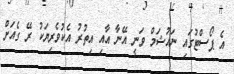
އެ ޕޯސްޓުގައި ނައުޝަމް ވަނީ އޭނާ އާއި އިތުރު އެކުވެރިޔަކު ރޭ ގެއަށް